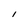
Character: 1